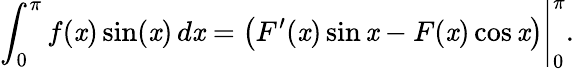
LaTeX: \left.\int_{0}^{\pi}f(\mathit{x})\sin(\mathit{x})\, d\mathit{x}={\bigl(}F^{\prime}(\mathit{x})\sin\mathit{x}-F(\mathit{x})\cos\mathit{x}{\bigr)}\right|_{0}^{\pi}.